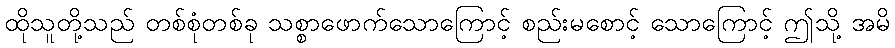
ထိုသူတို့သည် တစ်စုံတစ်ခု သစ္စာဖောက်သောကြောင့် စည်းမစောင့် သောကြောင့် ဤသို့ အမိ